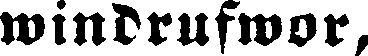
windrufwor,